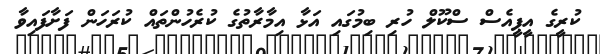
ކުރީގެ އީޕީއެސް ސްކޫލް ހުރި ބިމުގައި އަޅާ އިމާރާތުގެ ކުރެހުންތައް ކުރަހަން ފަށާފައިވާ